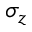
\sigma _ { z }